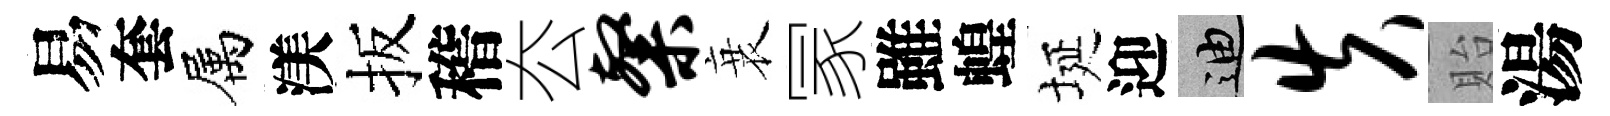
易套属渼扳稽厺粲衰冡雖蝗埏迎迪失貽湯